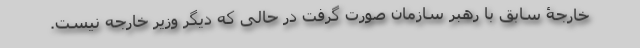
خارجۀ سابق با رهبر سازمان صورت گرفت در حالی که دیگر وزیر خارجه نیست.